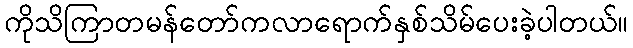
ကိုသိကြာတမန်တော်ကလာရောက်နှစ်သိမ်ပေးခဲ့ပါတယ်။